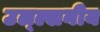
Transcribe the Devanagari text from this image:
उल्ल्खनीय